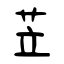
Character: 苙